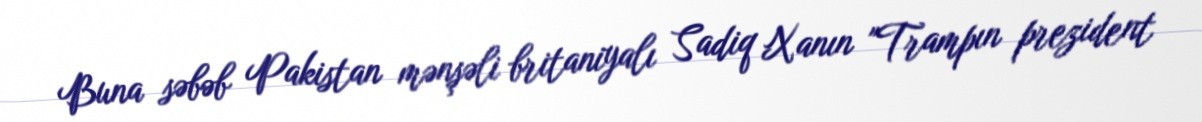
Buna səbəb Pakistan mənşəli britaniyalı Sadiq Xanın "Trampın prezident